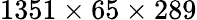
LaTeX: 1351\times 65\times 289